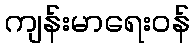
ကျန်းမာရေးဝန်